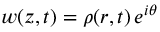
w ( z , t ) = \rho ( r , t ) \, e ^ { i \theta }